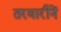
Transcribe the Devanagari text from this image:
तरवारीनें